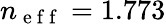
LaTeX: n_{\mathrm{~e~f~f~}}=1.773